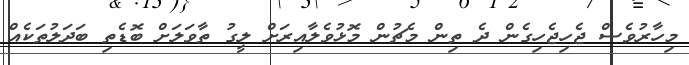
މިހާރުވެސް ޖެހިޖެހިގެން ދެ ތިން މެޗުން މޮޅުވެލާއިރަށް ލީގު ތާވަލަށް ބޮޑެތި ބަދަލުތަކެއް